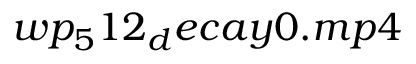
w p _ { 5 } 1 2 _ { d } e c a y 0 . m p 4